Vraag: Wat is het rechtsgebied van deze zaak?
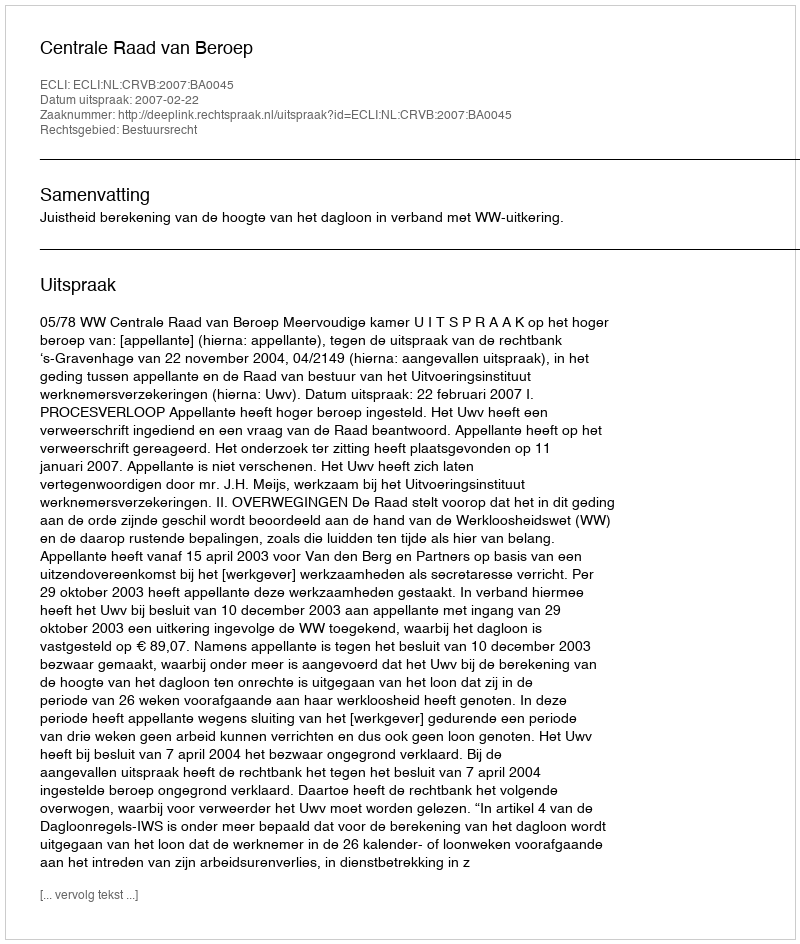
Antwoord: Bestuursrecht